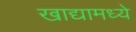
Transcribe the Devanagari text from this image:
खाद्यामध्ये